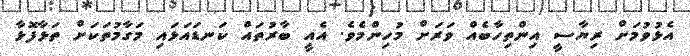
އެޅުވުމަށް ރިޔާސީ އިންތިހާބެއް ވަރަށް މުހިންމެވެ. އެއީ ބާރުތައް ކަނޑައަޅައި މަގާމުތަކަށް ތަޅާފޮޅާ